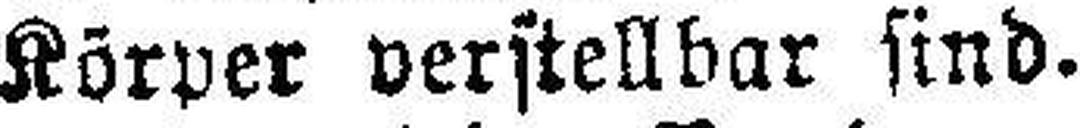
Körper verstellbar sind.